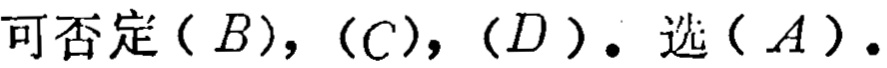
可否定\((B)\)，\((C)\)，\((D)\)。选\((A)\)。